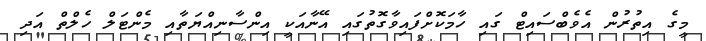
މީގެ އިތުރުން އެވެބްސައިޓް ގައި ހާމަކޮށްފައިވާގޮތުގައި އޭނާއަކީ އިންސާނިއްޔަތާއި މެންޓަލް ހެލްތް އަދި